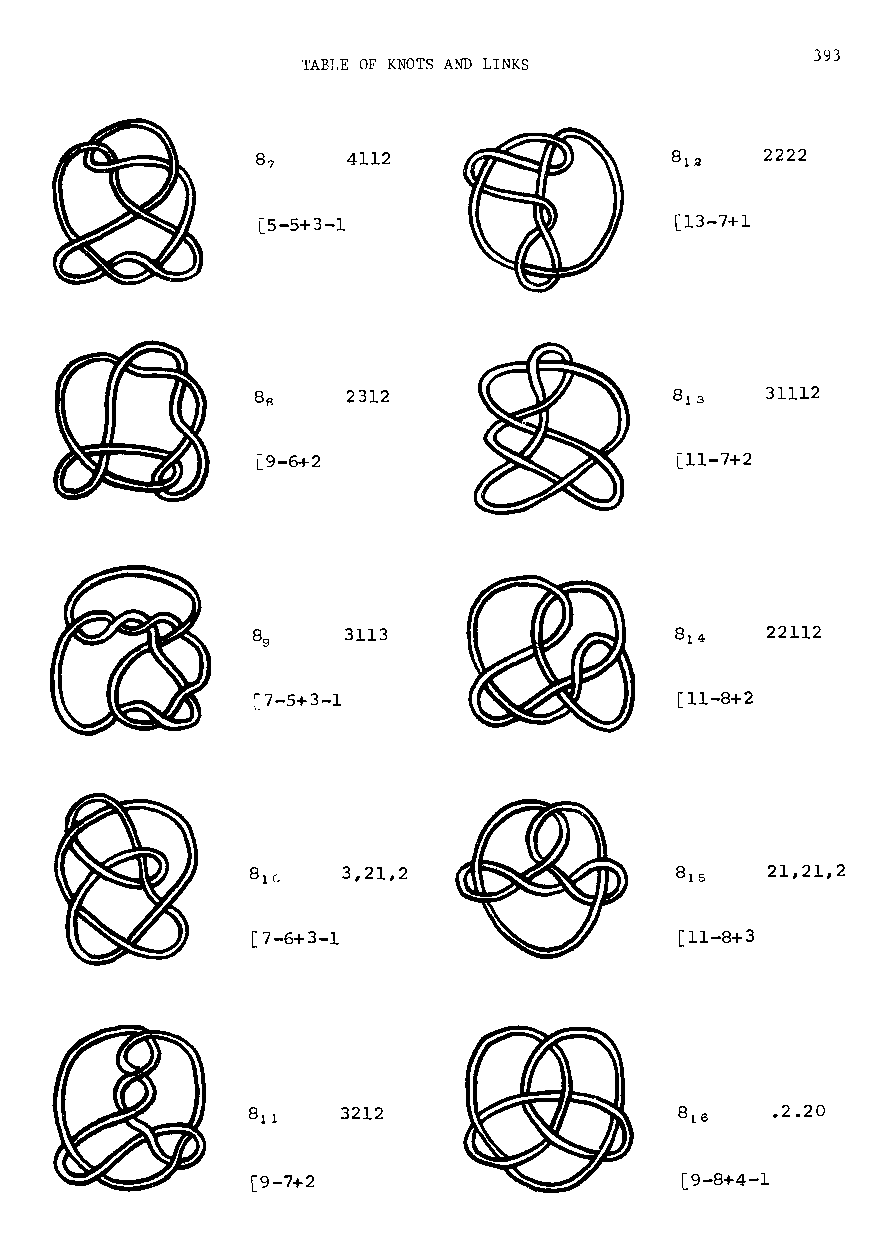
TABLE OF KNOTS AND LINKS          393
 4112                        2222
 [5-5+3-1                    [13-7+1
 2312                        31112
 [9-6+2                      [11-7+2
 3113                        22112
 [7-5+3-1                    [11-8+2
 3,21,2                       21,21,2
 [7-6+3-1                     [11-8+3
 3212                         .2.20
 [9-7+2                       [9-8+4-1